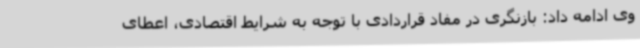
وی ادامه داد: بازنگری در مفاد قراردادی با توجه به شرایط اقتصادی، اعطای